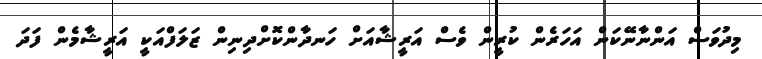
މިދުވަސް އަންނާނޭކަން އަހަރެން ކުރީން ވެސް އަރީޝާއަށް ހަނދާންކޮށްދިނިން ޒަލަފްއަކީ އަރީޝާމެން ފަދަ